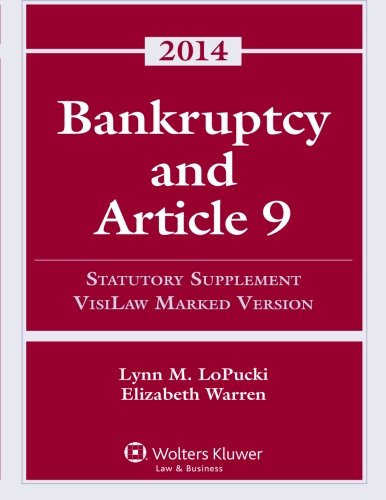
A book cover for Bankruptcy Article 9 Statutory Supplement (Visilaw Marked Version); Lynn M. LoPucki; Law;